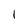
Character: l